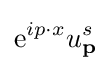
\mathrm {e} ^{ip\cdot x}u_{\textbf {p}}^{s}